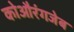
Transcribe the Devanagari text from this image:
कोऔरंगजेब